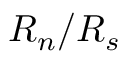
{ \cal R } _ { n } / { \cal R } _ { s }